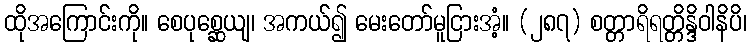
ထိုအကြောင်းကို။ စေပုစ္ဆေယျ၊ အကယ်၍ မေးတော်မူငြားအံ့။ (၂၈၇) စတ္တာရိရတ္တိန္ဒိဝါနိပိ၊